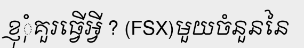
ខ្ញុុំគួរធ្វើអ្វី ? (FSX)មួយចំនួននៃ